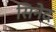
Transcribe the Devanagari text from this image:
सिनेद